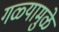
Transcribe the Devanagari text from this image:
गळ्यामुळे